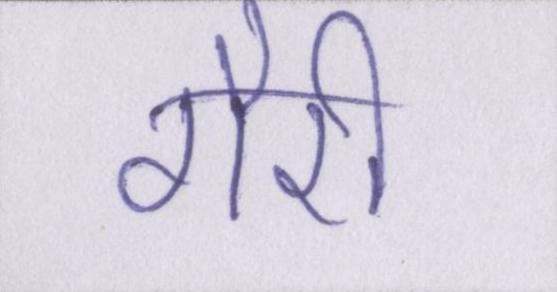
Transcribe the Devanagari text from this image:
गौरी